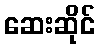
ဆေးဆိုင်